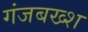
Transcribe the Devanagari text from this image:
गंजबख्श